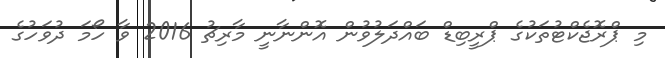
މި ޕްރޮޖެކްޓުތަކުގެ ޕްރީބިޑް ބައްދަލުވުން އޮންނާނީ މާރިޗު 2016 ވާ ހޯމަ ދުވަހުގެ